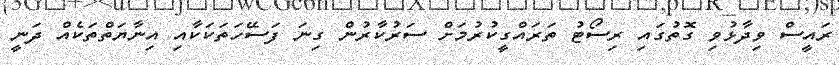
ރައީސް ވިދާޅުވި ގޮތުގައި ރިސޯޓު ތަރައްގީކުރުމަށް ސަރުކާރުން ގިނަ ފަސޭހަތަކަކާއި އިނާޔަތްތަކެއް ދަނީ